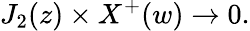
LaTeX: J_{2}(z)\times X^{+}(w)\rightarrow 0.